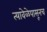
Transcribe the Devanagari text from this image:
त्यावेळेपासूनच